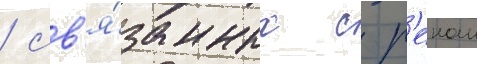
/ св'я́занных с р'екои